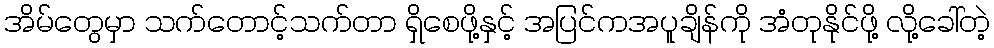
အိမ်တွေမှာ သက်တောင့်သက်တာ ရှိစေဖို့နှင့် အပြင်ကအပူချိန်ကို အံတုနိုင်ဖို့ လို့ခေါ်တဲ့